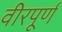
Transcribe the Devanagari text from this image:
वीरपूर्ण